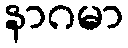
နာဂမာ